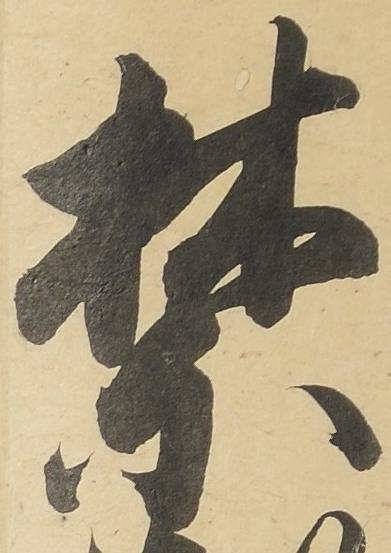
禁